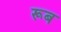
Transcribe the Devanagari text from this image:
रूब